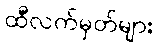
ထီလက်မှတ်များ